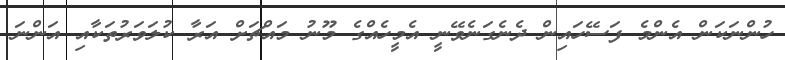
ހުންނަކަން އެންމެ ފަސޭހައިން ދެނެގަނެވޭނީ އެމީހެއްގެ މޫނު މައްޗަށް އަރާ ކުލަަވަރުތަކާއި އަންނަ